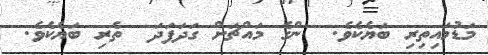
މަޑުމައިތިރި ބަޔެކެވެ.  ންގެ މައްޗަށް ގަދަފަދަ  ތެރި ބަޔެކެވެ.